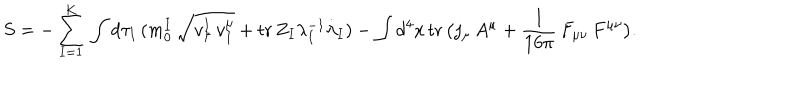
S = - \sum _ { I = 1 } ^ { K } \, \int d \tau _ { I } \, ( m _ { 0 } ^ { I } \, \sqrt { v _ { \mu } ^ { I } \, v _ { I } ^ { \mu } } + \mathrm { t r } \, Z _ { I } \lambda _ { I } ^ { - 1 } { \dot { \lambda } } _ { I } ) - \int d ^ { 4 } x \, \mathrm { t r } \, \bigl ( j _ { \mu } \, A ^ { \mu } + { \frac { 1 } { 1 6 \pi } } \, F _ { \mu \nu } \, F ^ { \mu \nu } \bigr ) .